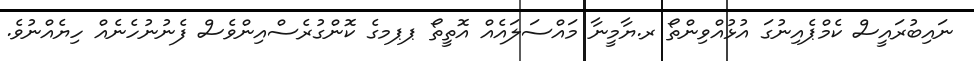
ނައިބުރައީސް ކެމްޕެއިނުގަ އުޅުއްވިންތޯ ރ.ޔާމީނާ މައްސަލައެއް އޮތީތޯ ޕޕމގެ ކޮންގުރެސްއިންވެސް ފެނުނުހެނެއް ހިޔެއްނުވެ.